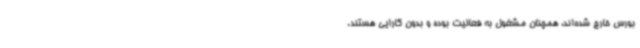
بورس خارج شده‌اند، همچنان مشغول به فعالیت بوده و بدون کارایی هستند.